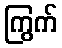
ကြွက်